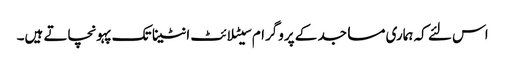
اس لئے کہ ہماری مساجد کے پروگرام سیٹلائٹ انٹینا تک پہونچاتے ہیں۔